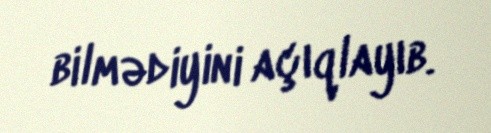
bilmədiyini açıqlayıb.